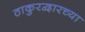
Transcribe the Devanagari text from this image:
ठाकुरद्वारच्या